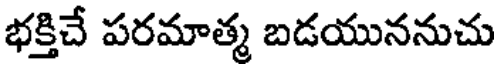
భక్తిచే పరమాత్మ బడయుననుచు